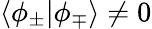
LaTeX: \langle\phi_{\pm}|\phi_{\mp}\rangle\ne 0